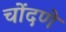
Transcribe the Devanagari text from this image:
चोंदणे